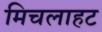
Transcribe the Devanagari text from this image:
मिचलाहट